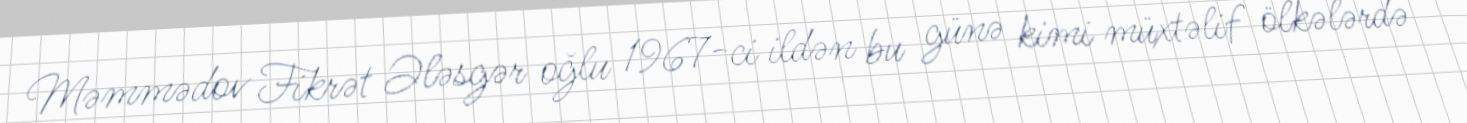
Məmmədov Fikrət Ələsgər oğlu 1967-ci ildən bu günə kimi müxtəlif ölkələrdə